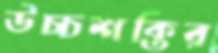
উচ্চশক্তির